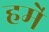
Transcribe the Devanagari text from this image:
हमे॑